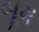
બૂમ